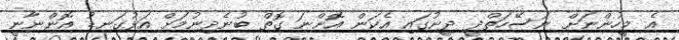
އެ މީހުންނަށް ނަސޭހަތްދީ ދީނުގައި އެކަން އޮންނަ ގޮތް ބުނެދިނުމަށް އަޅުގަނޑު އޮންނާނީ